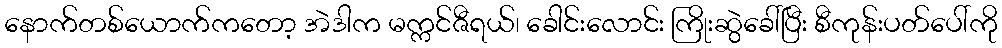
နောက်တစ်ယောက်ကတော့ အဲဒါက မက္ကင်ဇီရယ်၊ ခေါင်းလောင်း ကြိုးဆွဲခေါ်ပြီး စီကုန်းပတ်ပေါ်ကို